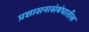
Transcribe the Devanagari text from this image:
प्रशासनासंबंधातील